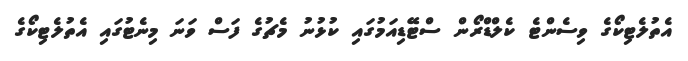
އެތުލެޓިކޯގެ ވިސެންޓެ ކެލްޑްރޯން ސްޓޭޑިއަމުގައި ކުޅުނު މެޗުގެ ފަސް ވަނަ މިނެޓުގައި އެތުލެޓިކޯގެ